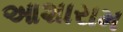
આશારામ